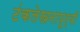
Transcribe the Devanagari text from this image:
टंकलेखनापूर्वी